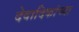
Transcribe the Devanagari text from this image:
देवादिकांच्या